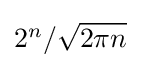
{\textstyle 2^{n}/{\sqrt {2\pi n}}}